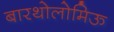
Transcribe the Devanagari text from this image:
बारथोलोमिऊ